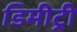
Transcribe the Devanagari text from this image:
डिमीट्री